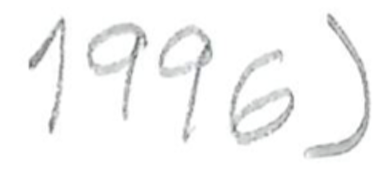
Text: 1996)
Cross-out: clean
Writing tool: pencil